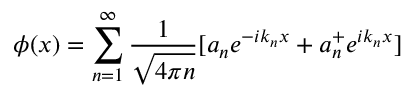
\phi ( x ) = \sum _ { n = 1 } ^ { \infty } { \frac { 1 } { \sqrt { 4 \pi n } } } [ a _ { n } e ^ { - i k _ { n } x } + a _ { n } ^ { + } e ^ { i k _ { n } x } ]